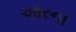
આરના